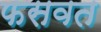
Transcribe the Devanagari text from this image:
फसवत